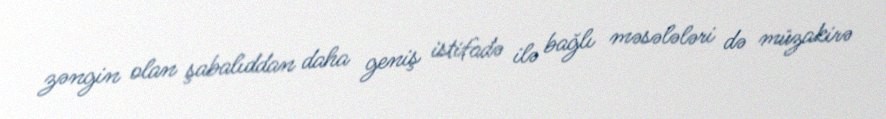
zəngin olan şabalıddan daha geniş istifadə ilə bağlı məsələləri də müzakirə